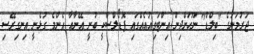
ޖަރުމަނުގެ "ބިލްޑް" ނޫހަށްދިން އިންޓަވިއުއެއްގައި ޕޮޑޯލްސްކީ ބުނީ އޭނާއާ އެންމެ ގުޅެނީ އިނގިރޭސި